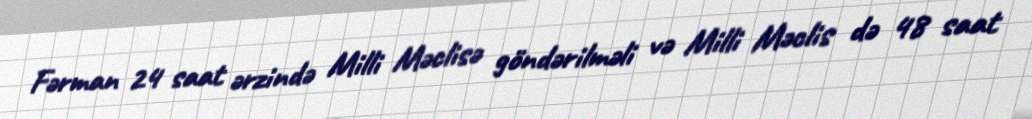
Fərman 24 saat ərzində Milli Məclisə göndərilməli və Milli Məclis də 48 saat